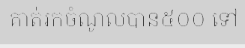
គាត់រកចំណូលបាន៥០០ ទៅ